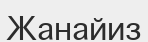
Жанайиз